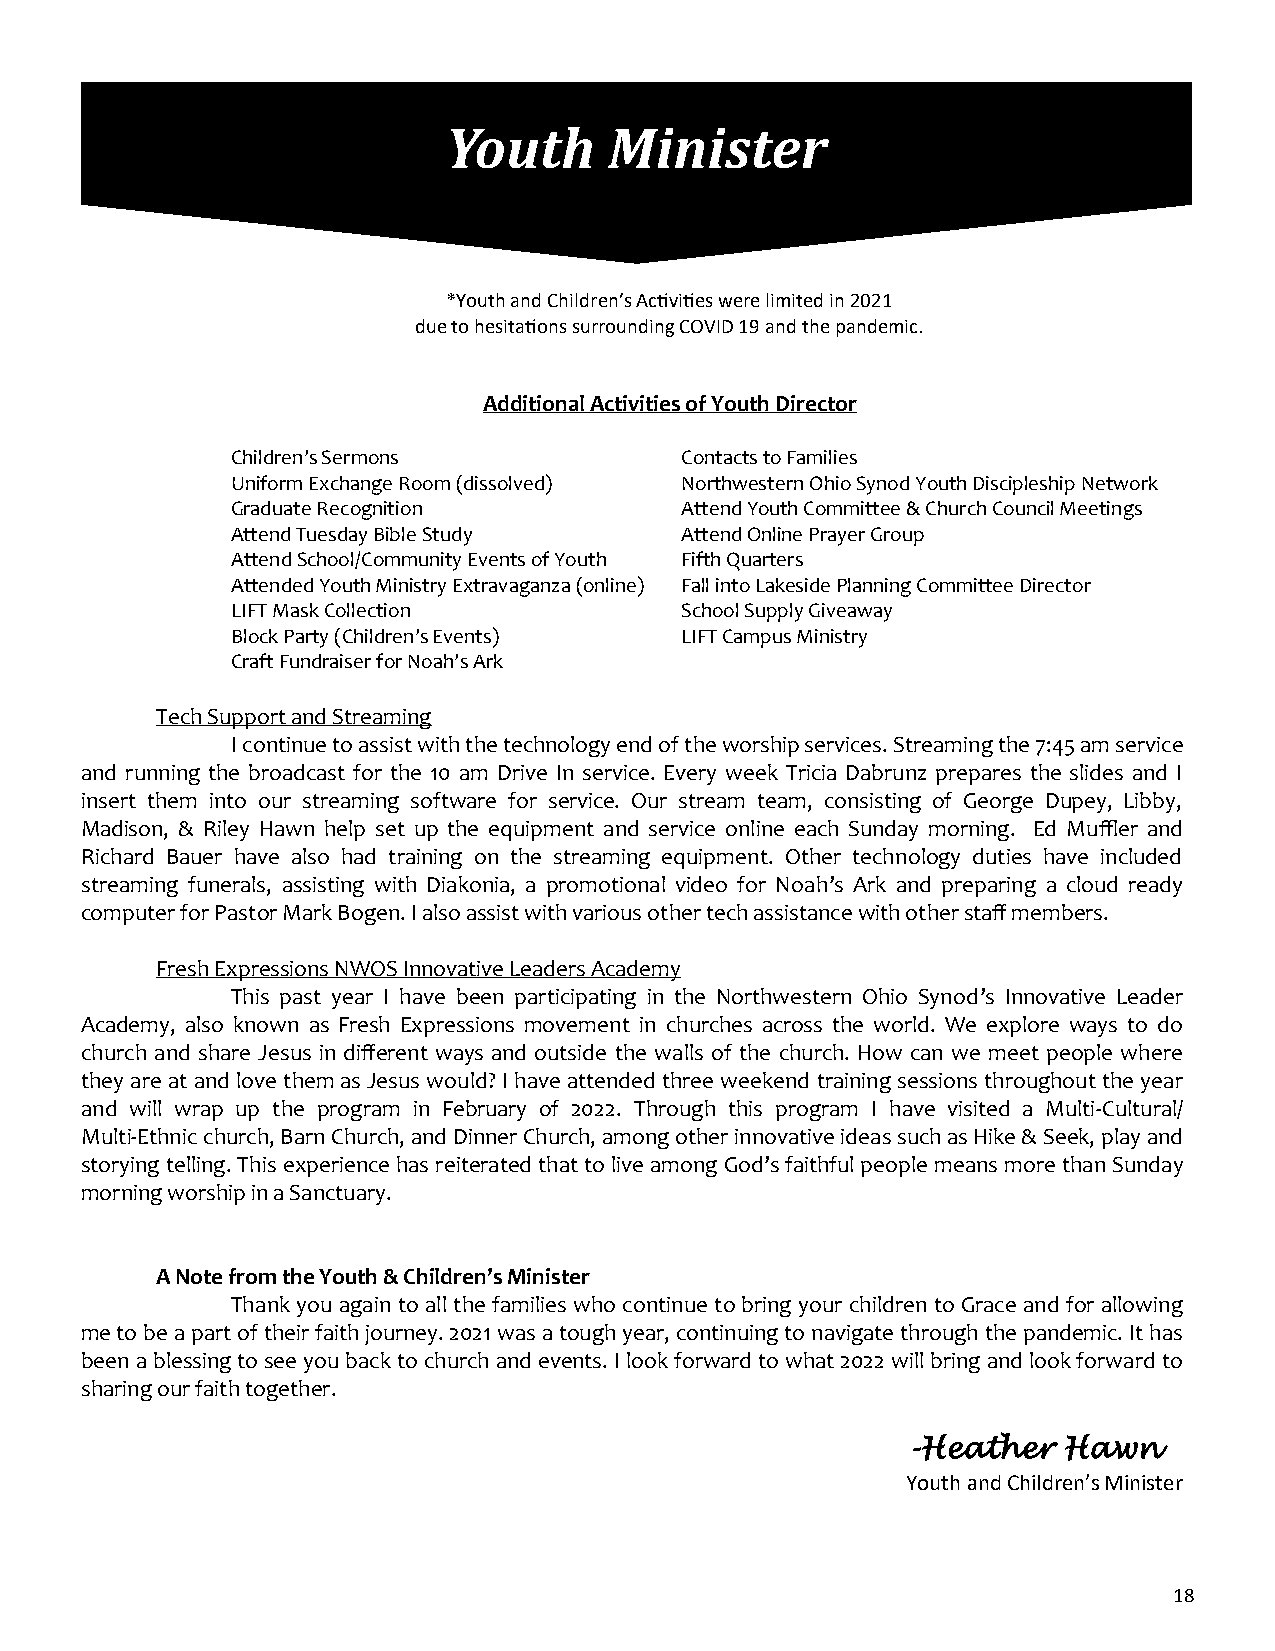
Youth     Minister
 *Youth and Children’s Activities were limited in 2021
 due to hesitations surrounding COVID 19 and the pandemic.
 Additional Activities of Youth Director
 Children’s Sermons            Contacts to Families
 Uniform Exchange Room (dissolved) Northwestern Ohio Synod Youth Discipleship Network
 Graduate Recognition          Attend Youth Committee & Church Council Meetings
 Attend Tuesday Bible Study    Attend Online Prayer Group
 Attend School/Community Events of Youth Fifth Quarters
 Attended Youth Ministry Extravaganza (online) Fall into Lakeside Planning Committee Director
 LIFT Mask Collection          School Supply Giveaway
 Block Party (Children’s Events) LIFT Campus Ministry
 Craft Fundraiser for Noah’s Ark
 Tech Support and Streaming
 I continue to assist with the technology end of the worship services. Streaming the 7:45 am service
 and running the broadcast for the 10 am Drive In service. Every week Tricia Dabrunz prepares the slides and I
 insert them into our streaming software for service. Our stream team, consisting of George Dupey, Libby,
 Madison, & Riley Hawn help set up the equipment and service online each Sunday morning. Ed Muffler and
 Richard Bauer have also had training on the streaming equipment. Other technology duties have included
 streaming funerals, assisting with Diakonia, a promotional video for Noah’s Ark and preparing a cloud ready
 computer for Pastor Mark Bogen. I also assist with various other tech assistance with other staff members.
 Fresh Expressions NWOS Innovative Leaders Academy
 This past year I have been participating in the Northwestern Ohio Synod’s Innovative Leader
 Academy, also known as Fresh Expressions movement in churches across the world. We explore ways to do
 church and share Jesus in different ways and outside the walls of the church. How can we meet people where
 they are at and love them as Jesus would? I have attended three weekend training sessions throughout the year
 and will wrap up the program in February of 2022. Through this program I have visited a Multi-Cultural/
 Multi-Ethnic church, Barn Church, and Dinner Church, among other innovative ideas such as Hike & Seek, play and
 storying telling. This experience has reiterated that to live among God’s faithful people means more than Sunday
 morning worship in a Sanctuary.
 A Note from the Youth & Children’s Minister
 Thank you again to all the families who continue to bring your children to Grace and for allowing
 me to be a part of their faith journey. 2021 was a tough year, continuing to navigate through the pandemic. It has
 been a blessing to see you back to church and events. I look forward to what 2022 will bring and look forward to
 sharing our faith together.
 -Heather  Hawn
 Youth and Children’s Minister
 18